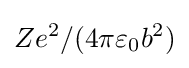
Ze^{2}/(4\pi \varepsilon _{0}b^{2})